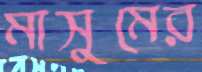
মাসুমের